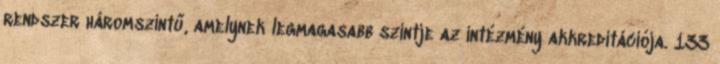
rendszer háromszintű, amelynek legmagasabb szintje az intézmény akkreditációja. 133